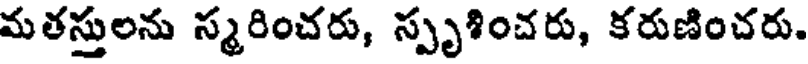
మతస్తులను స్మరించరు, స్పృశించరు, కరుణించరు.